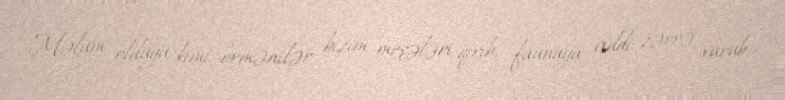
Məlum olduğu kimi, ermənilər bizim meşələri qırıb, faunaya ciddi zərrə vurub,